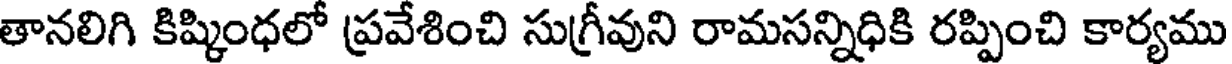
తానలిగి కిష్కింధలో ప్రవేశించి సుగ్రీవుని రామసన్నిధికి రప్పించి కార్యము